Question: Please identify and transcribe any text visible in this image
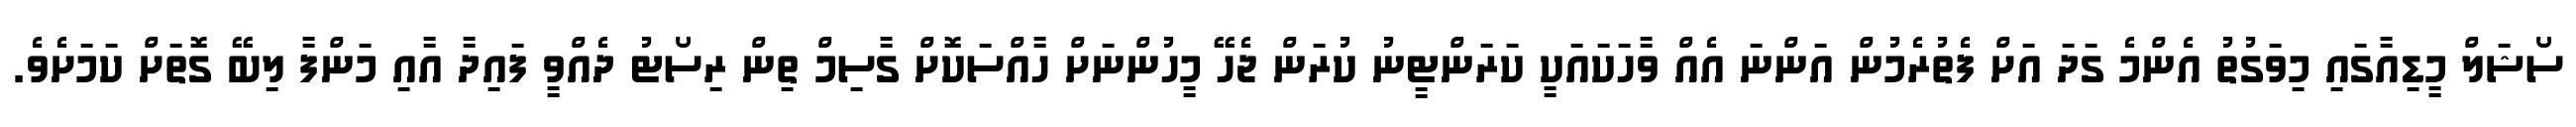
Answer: ސޯޝަލް މީޑިއާގައި މިވަގުތު އެންމެ ގަދަ އަށް ފެތުރެމުން އަންނަ އެއް ވާހަކައަކީ ކަރަންޓީނު ކުރަން ޖެހޭ މީހުންނަށް ހާއްސަކޮށް ގާސިމް ތިން ރިސޯޓު ދެއްވީ ފައިދާ އާއި މަންފާ ލިބޭ ގޮތަށް ކަމަށެވެ.